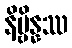
နိဗ္ဗိန္နဿ